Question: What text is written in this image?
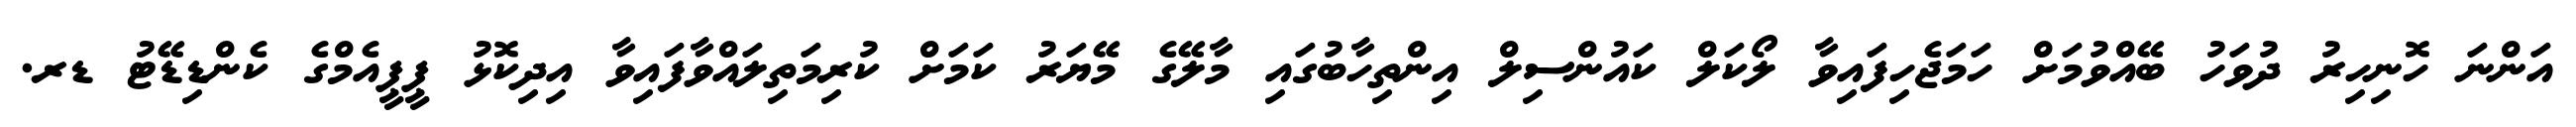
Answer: އަންނަ ހޮނިހިރު ދުވަހު ބޭއްވުމަށް ހަމަޖެހިފައިވާ ލޯކަލް ކައުންސިލް އިންތިހާބުގައި މާލޭގެ މޭޔަރު ކަމަށް ކުރިމަތިލައްވާފައިވާ އިދިކޮޅު ޕީޕީއެމްގެ ކެންޑިޑޭޓު ޑރ.